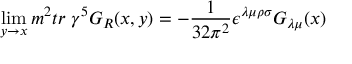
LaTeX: \operatorname * { l i m } _ { y \rightarrow x } m ^ { 2 } t r \ \gamma ^ { 5 } G _ { R } ( x , y ) = - \frac { 1 } { 3 2 \pi ^ { 2 } } \epsilon ^ { \lambda \mu \rho \sigma } G _ { \lambda \mu } ( x )